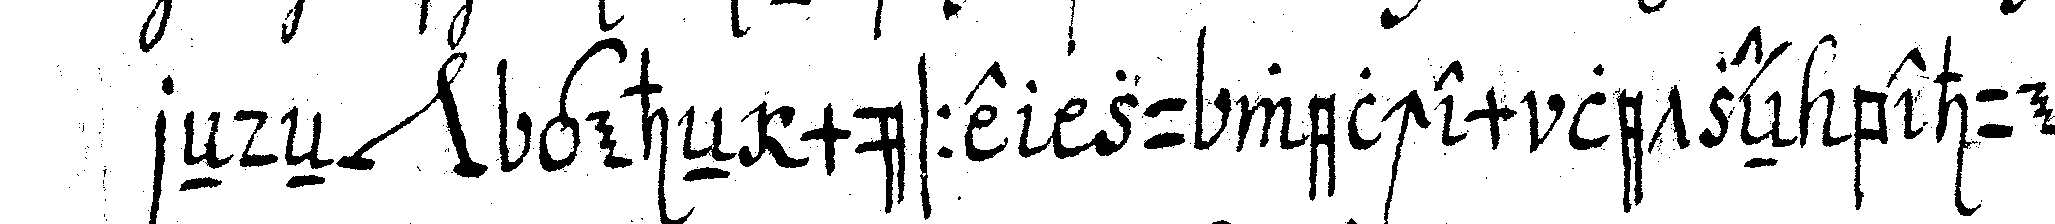
reNdeN *nee* geheN müsse  zu welchem letzteN behuef